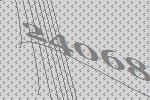
24068